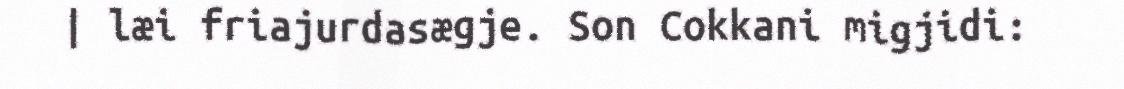
| læi friajurdasægje. Son Cokkani migjidi: